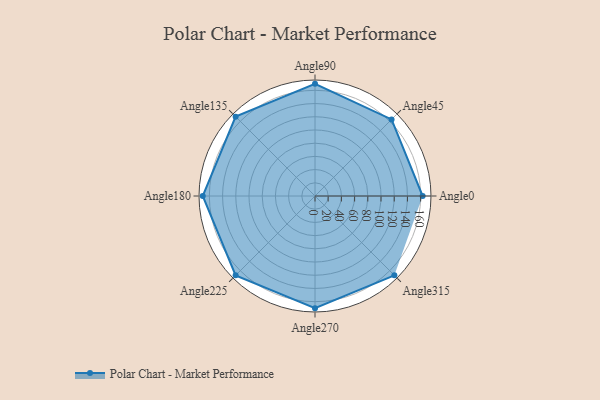
{"axis": {"x": "Angle", "y": "Radius"}, "legend": [""], "data": [{"x": "Angle0", "y": 163.0, "type": ""}, {"x": "Angle45", "y": 164.0, "type": ""}, {"x": "Angle90", "y": 170, "type": ""}, {"x": "Angle135", "y": 170, "type": ""}, {"x": "Angle180", "y": 170, "type": ""}, {"x": "Angle225", "y": 170, "type": ""}, {"x": "Angle270", "y": 170, "type": ""}, {"x": "Angle315", "y": 170, "type": ""}]}